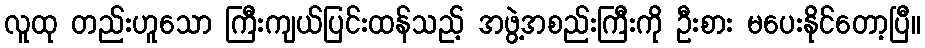
လူထု တည်းဟူသော ကြီးကျယ်ပြင်းထန်သည့် အဖွဲ့အစည်းကြီးကို ဦးစား မပေးနိုင်တော့ပြီ။